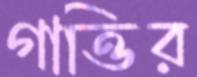
গাত্তির